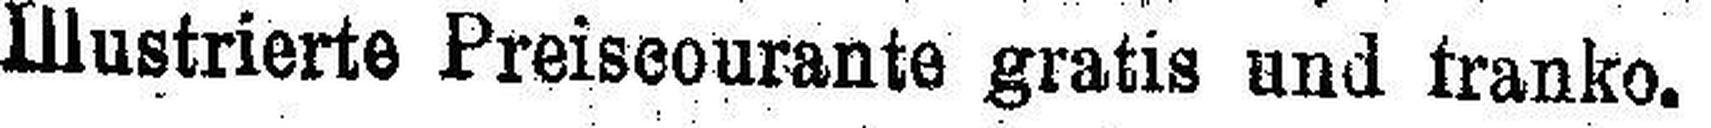
Illustrierte Preiscourante gratis und franko.